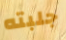
جلبته